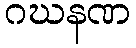
ဂဃနဏ